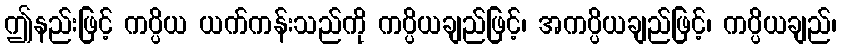
ဤနည်းဖြင့် ကပ္ပိယ ယက်ကန်းသည်ကို ကပ္ပိယချည်ဖြင့်၊ အကပ္ပိယချည်ဖြင့်၊ ကပ္ပိယချည်၊